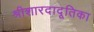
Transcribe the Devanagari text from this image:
श्रीशारदादूतिका